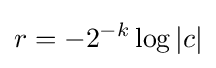
r=-2^{-k}\log |c|